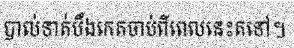
បាល់ទាត់បឹងកេតចាប់ពីពេលនេះតទៅ។